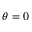
\theta = 0